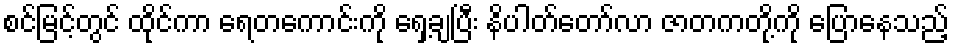
စင်မြင့်တွင် ထိုင်ကာ ရေတကောင်းကို ရှေ့ချပြီး နိပါတ်တော်လာ ဇာတကတို့ကို ပြောနေသည့်